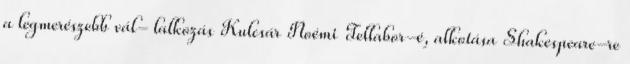
a legmerészebb vál- lalkozás Kulcsár Noémi Tellabor-é, alkotása Shakespeare-re